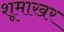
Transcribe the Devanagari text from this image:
शूमाखर